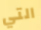
التي